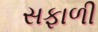
સફાળી